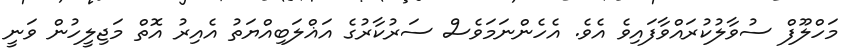
މަހްލޫފް ސުވާލުކުރައްވާފައިވެ އެވެ. އެހެންނަމަވެސް ސަރުކާރުގެ އަޣްލަބިއްޔަތު އެއިރު އޮތް މަޖިލީހުން ވަނީ